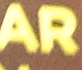
AR